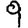
Digit: 9